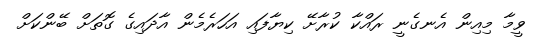
ވީމާ މިއިން އެނގެނީ ރައްކާ ކުރާށޭ ކިޔާފައި އަހަރެމެން އާދައިގެ ގޮތަށް ބޭންކަށް